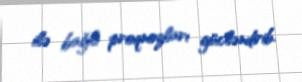
ilə bağlı proqnozları gücləndirib.